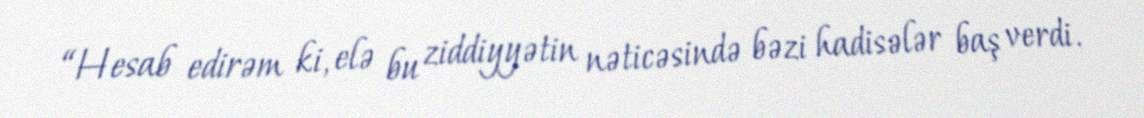
“Hesab edirəm ki, elə bu ziddiyyətin nəticəsində bəzi hadisələr baş verdi.